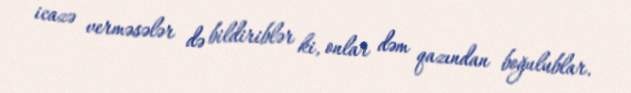
icazə verməsələr də bildiriblər ki, onlar dəm qazından boğulublar.